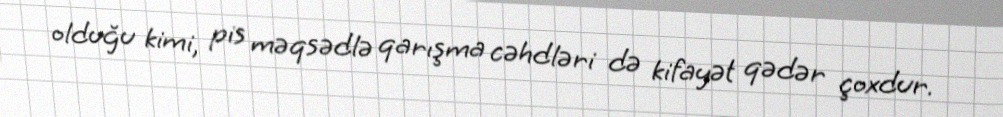
olduğu kimi, pis məqsədlə qarışma cəhdləri də kifayət qədər çoxdur.